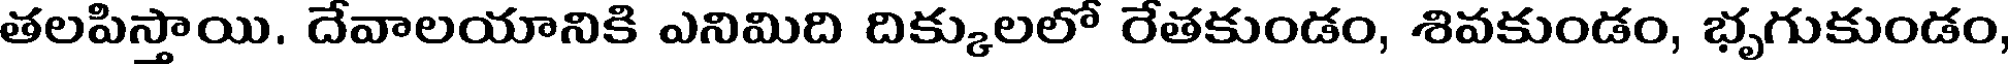
తలపిస్తాయి. దేవాలయానికి ఎనిమిది దిక్కులలో రేతకుండం, శివకుండం, భృగుకుండం